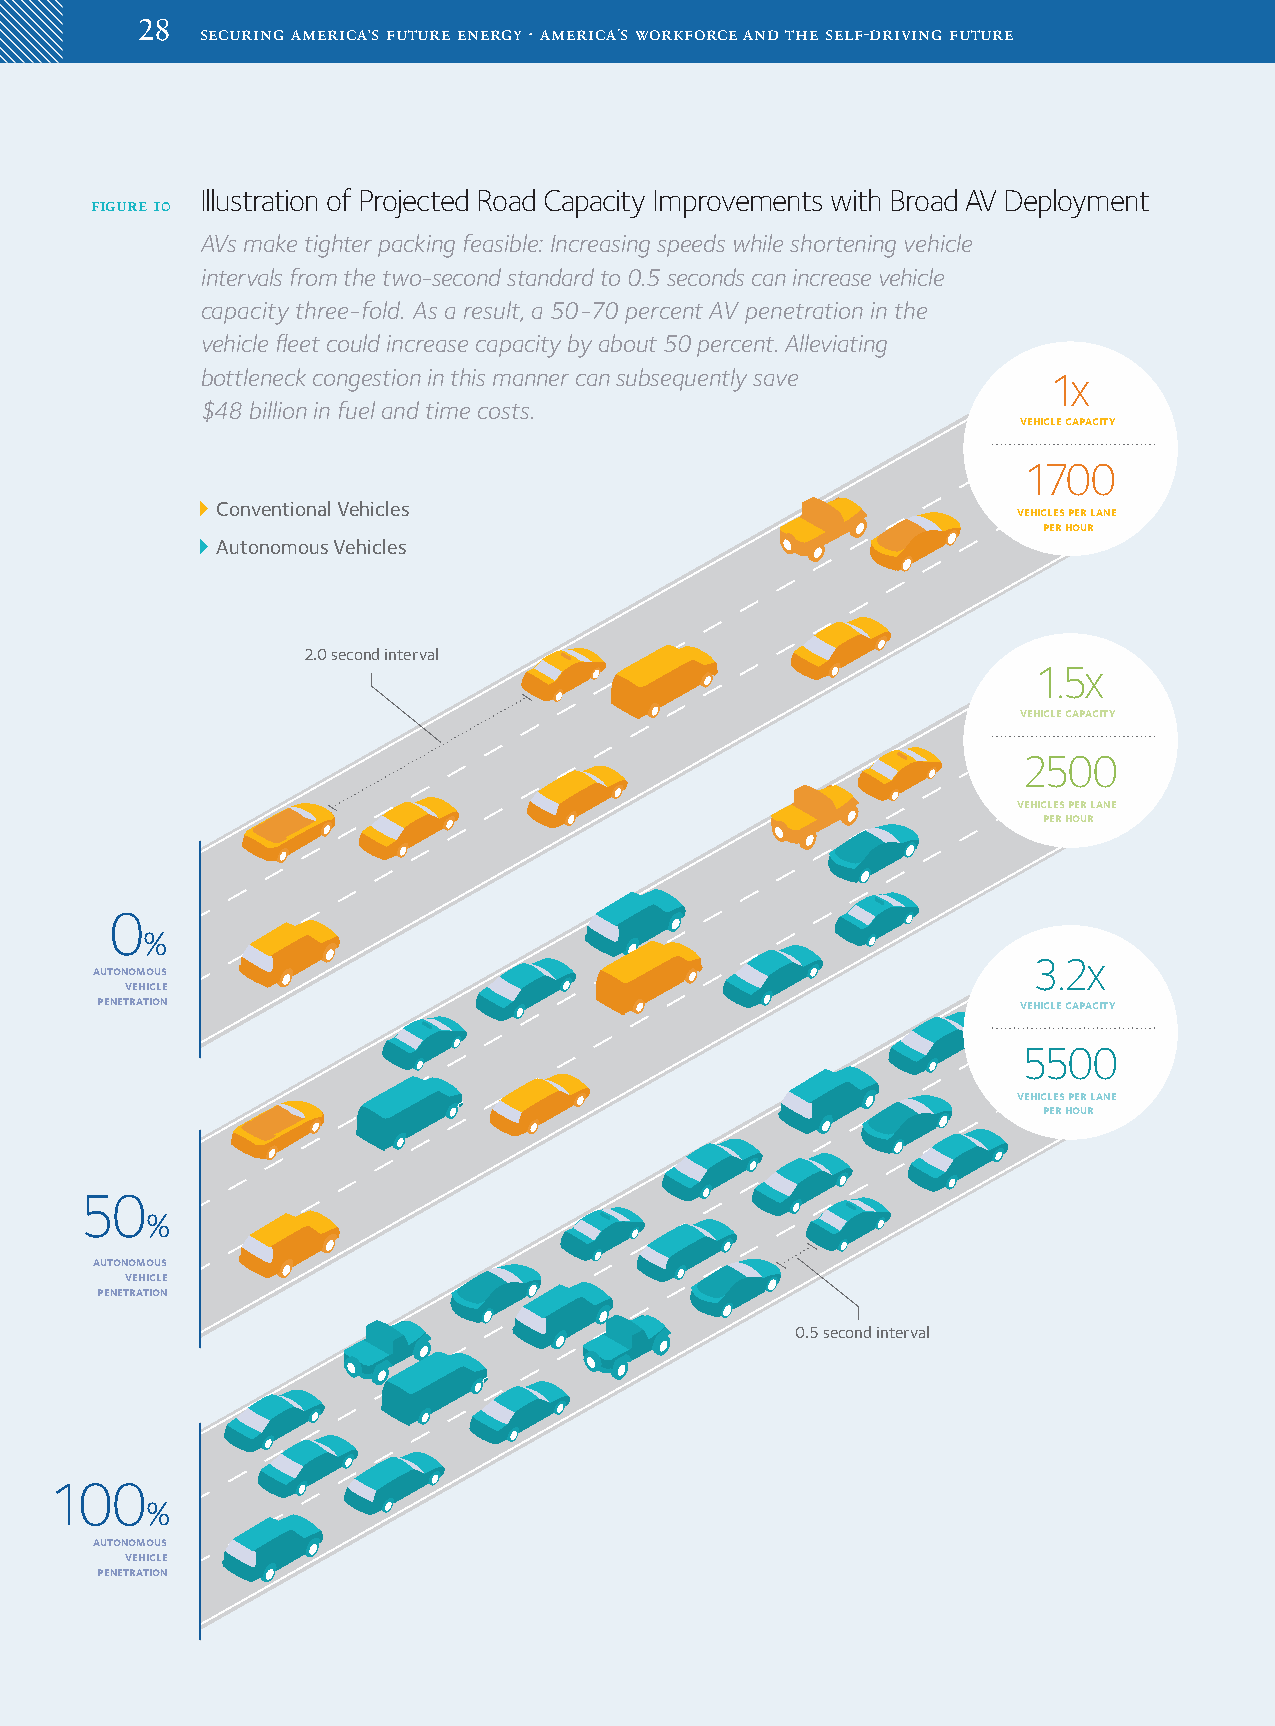
2288
 securing america’s future energy · america’s workforce and the self-driving future
 Illustration of Projected Road Capacity Improvements with Broad AV Deployment
 figure 10
 AVs make tighter packing feasible: Increasing speeds while shortening vehicle
 intervals from the two­second standard to 0.5 seconds can increase vehicle
 capacity three­fold. As a result, a 50­70 percent AV penetration in the
 vehicle fleet could increase capacity by about 50 percent. Alleviating
 bottleneck congestion in this manner can subsequently save 1x
 $48 billion in fuel and time costs.
 vehicle capacity
 1700
 Conventional Vehicles
 vehicles per lane
 per hour
 Autonomous Vehicles
 2.0 second interval
 1.5x
 vehicle capacity
 2500
 vehicles per lane
 per hour
 0
 %
 3.2x
 autonomous
 vehicle
 penetration                                                   vehicle capacity
 5500
 vehicles per lane
 per hour
 50
 %
 autonomous
 vehicle
 penetration
 0.5 second interval
 100
 %
 autonomous
 vehicle
 penetration